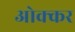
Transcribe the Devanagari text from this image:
ओक्कर